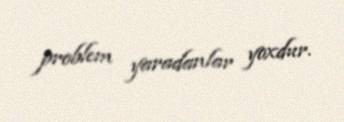
problem yaradanlar yoxdur.